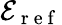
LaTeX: \mathcal{E}_{\mathrm{~r~e~f~}}